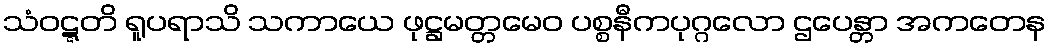
သံဝဋ္ဋတိ ရူပရာသိ သကာယေ ဖုဋ္ဌမတ္တမေဝ ပစ္စနီကပုဂ္ဂလော ဌပေန္တာ အကတေန